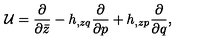
{ \cal U } = { \frac { \partial } { \partial \bar { z } } } - h _ { , z q } { \frac { \partial } { \partial p } } + h _ { , z p } { \frac { \partial } { \partial q } } ,